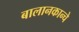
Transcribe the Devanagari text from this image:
बालानकान्चे